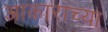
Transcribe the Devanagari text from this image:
अाकाराच्या